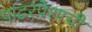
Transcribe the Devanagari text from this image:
पांढरपेशाची